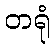
တရုံ